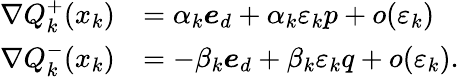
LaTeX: \begin{array}{rl}{\nabla Q_{k}^{+}(x_{k})}&{=\alpha_{k}\boldsymbol{e}_{d}+\alpha_{k}\varepsilon_{k}p+o(\varepsilon_{k})}\\ {\nabla Q_{k}^{-}(x_{k})}&{=-\beta_{k}\boldsymbol{e}_{d}+\beta_{k}\varepsilon_{k}q+o(\varepsilon_{k}).}\end{array}